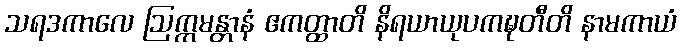
သရဒကာလေ ဩက္ကမန္တာနံ ဧကတ္ထာတိ နိရယာယုပကဍ္ဎတီတိ နာမကာယံ